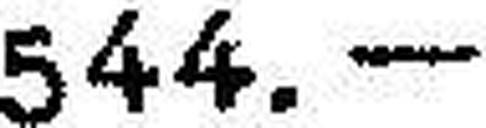
544.—